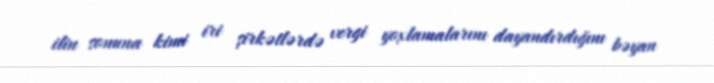
ilin sonuna kimi iri şirkətlərdə vergi yoxlamalarını dayandırdığını bəyan